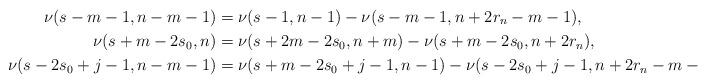
LaTeX: \begin{align*}\nu(s-m-1,n-m-1)&=\nu(s-1,n-1)-\nu(s-m-1,n+2r_n-m-1),\\\nu(s+m-2s_0,n)&=\nu(s+2m-2s_0,n+m)-\nu(s+m-2s_0,n+2r_n),\\\nu(s-2s_0+j-1,n-m-1)&=\nu(s+m-2s_0+j-1,n-1)-\nu(s-2s_0+j-1,n+2r_n-m-1).\end{align*}